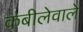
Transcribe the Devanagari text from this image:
कबीलेवाले